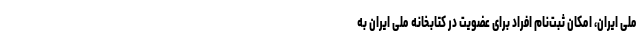
ملی ایران، امکان ثبت‌نام افراد برای عضویت در کتابخانه ملی ایران به